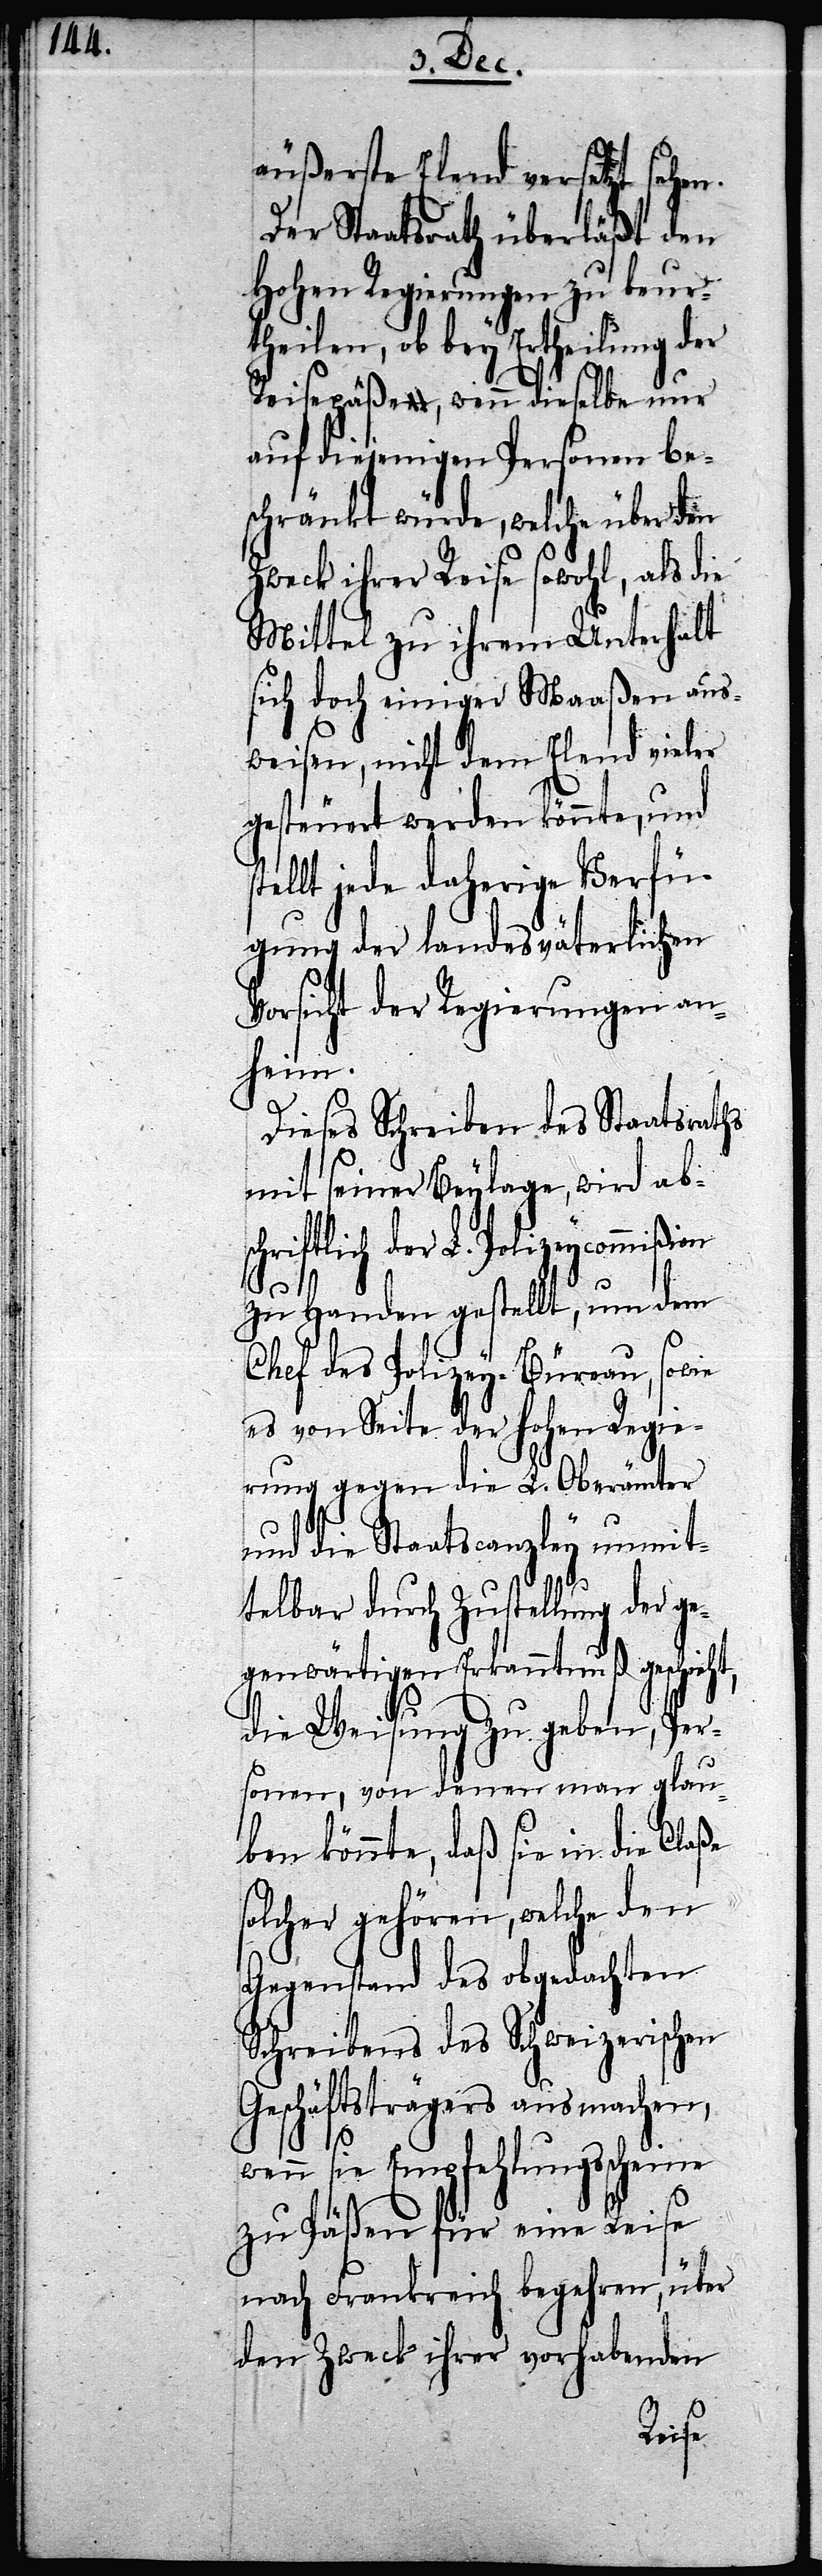
äußerte Elend versetzt sehen.
Der Staatsrath überläßt den
Hohen Regierungen zu beur¬
theilen, ob bey Ertheilung der
Reisepäße, wenn dieselbe nur
auf diejenigen Personen be¬
schränkt würde, welche über den
Zweck ihrer Reise sowohl, als die
Mittel zu ihrem Unterhalt
sich doch einiger Maaßen aus¬
weisen, nicht dem Elend vieler
gesteuert werden könnte, und
tellt jede daherige Verfü¬
gung der landesväterlichen
Vorsicht der Regierungen an¬
heim.
Dieses Schreiben des Staatsraths
mit seiner Beylage, wird abs¬
chriftlich der L. Polizeycommiß¬
zu Handen gestellt, um dem
Chef des Polizey-Büreau, sowie
es von Seite der Hohen Regie¬
rung gegen die L. Oberämter
und die Staatscanzley unmit¬
telbar durch Zustellung der ge¬
genwärtigen Erkanntnuß gesch¬
die Weisung zu geben, Per¬
sonen, von denen man glau¬
ben könnte, daß sie in die Cl¬
solcher gehören, welche den
Gegenstand des obgedachten
Schreibens des Schweizerischen
Geschäftsträgers ausmachen,
ion
wenn sie Empfehlungsscheine
zu Päßen für eine Reise
nach Frankreich begehren, über
den Zweck ihrer vorhabenden
aße